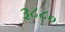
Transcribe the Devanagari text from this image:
३८८०